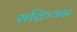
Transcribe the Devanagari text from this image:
सक्रियन